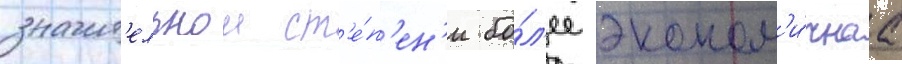
значит'ельнои ст'е́п'ен'и бо́л'ее эконом'и́чнаа